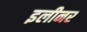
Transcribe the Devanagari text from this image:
इलीनर